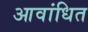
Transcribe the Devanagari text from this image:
आवांधित